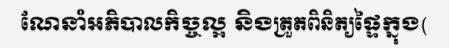
ណែនាំអភិបាលកិច្ចល្អ និងត្រួតពិនិត្យផ្ទៃក្នុង(